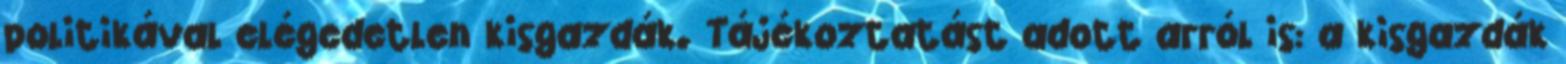
politikával elégedetlen kisgazdák. Tájékoztatást adott arról is: a kisgazdák